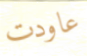
عاودت